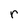
Character: r